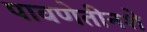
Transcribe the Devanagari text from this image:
पावणेतीनशे